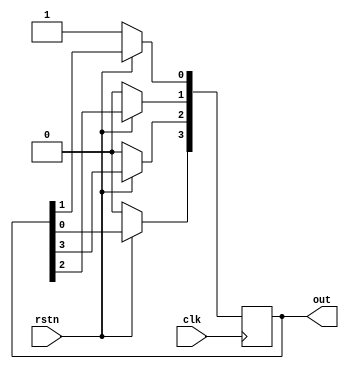
module ring_ctr  #(parameter WIDTH=4)   
  (    
    input clk,                  
    input rstn,  
    output reg [WIDTH-1:0] out  
  );  
  integer i;
   
  always @ (posedge clk) begin  
      if (!rstn)  
         out <= 1;  
      else begin  
        out[WIDTH-1] <= out[0];  
        for (i = 0; i < WIDTH-1; i=i+1) begin  
          out[i] <= out[i+1];  
        end  
      end  
  end  
endmodule